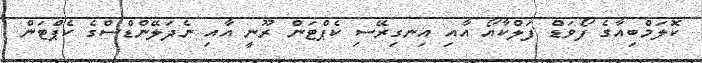
ކޮލަމްބިއާގެ ފޯވަޑް ފަލްކާއޯ އާއި އިނގިރޭސި ކެޕްޓަން ރޫނީ އާއި ނެދަލޭންޑްސްގެ ކެޕްޓަން